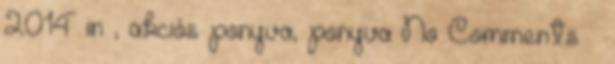
2014 in , akciós ponyva, ponyva No Comments »